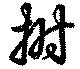
拊